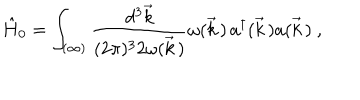
\hat { H } _ { 0 } = \int _ { ( \infty ) } \frac { d ^ { 3 } \vec { k } } { ( 2 \pi ) ^ { 3 } 2 \omega ( \vec { k } \, ) } \omega ( \vec { k } \, ) \, a ^ { \dagger } ( \vec { k } \, ) a ( \vec { k } \, ) \ ,